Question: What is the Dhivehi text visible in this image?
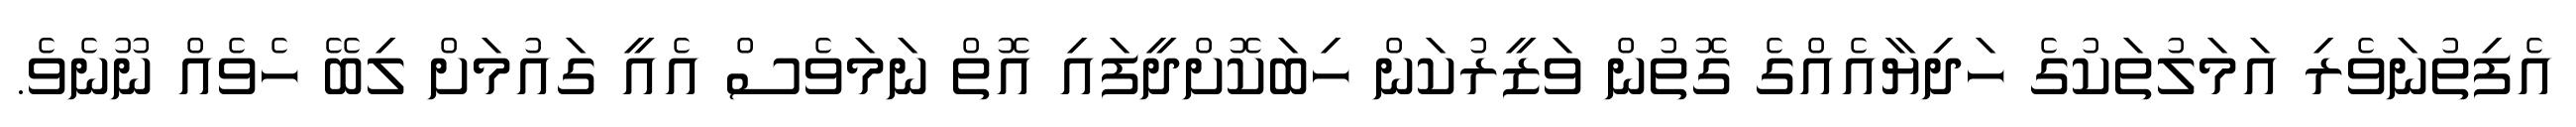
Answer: އެފިތުނަވެރި އަމަލުތަކުގެ ހަދިޔާއެއްގެ ގޮތުން ވަޒީރުކަން ހިބަކޮށްދީފައި އޮތް ނަމަވެސް އެއީ ގައުމަށް ލިބޭ ހެވެއް ނޫނެވެ.